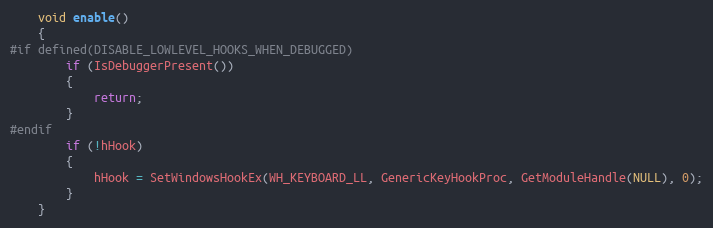
Language: C
    void enable()
    {
#if defined(DISABLE_LOWLEVEL_HOOKS_WHEN_DEBUGGED)
        if (IsDebuggerPresent())
        {
            return;
        }
#endif
        if (!hHook)
        {
            hHook = SetWindowsHookEx(WH_KEYBOARD_LL, GenericKeyHookProc, GetModuleHandle(NULL), 0);
        }
    }